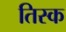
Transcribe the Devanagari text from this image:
तिस्क